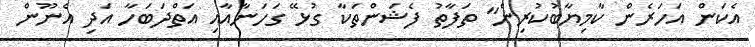
އެކަން އަހަރެން ކާމިޔާބުކުރިން" ތަފާތު ފެޝަންތަކާ ގުޅޭ ގަހަނާއާއި އަތްދަބަހާ އަދި އެނޫން